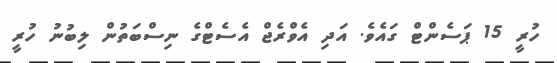
ހުރީ 15 ޕަސެންޓް ގައެވެ. އަދި އެވްރެޖް އެސެޓްގެ ނިސްބަތުން ލިބުނު ހުރީ